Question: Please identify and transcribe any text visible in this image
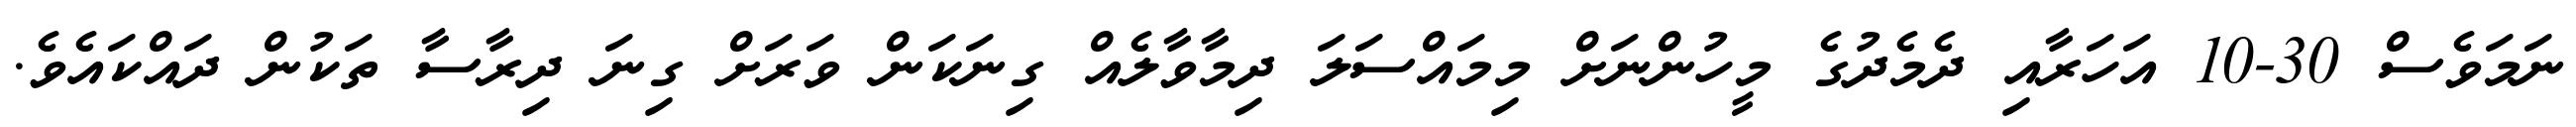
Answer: ނަމަވެސް 30-10 އަހަރާއި ދެމެދުގެ މީހުންނަށް މިމައްސަލަ ދިމާވާލެއް ގިނަކަން ވަރަށް ގިނަ ދިރާސާ ތަކުން ދައްކައެވެ.